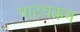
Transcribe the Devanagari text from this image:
पाठ़यक्रम